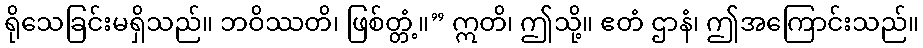
ရိုသေခြင်းမရှိသည်။ ဘဝိဿတိ၊ ဖြစ်တ္တံ့။” ဣတိ၊ ဤသို့။ ဧတံ ဌာနံ၊ ဤအကြောင်းသည်။